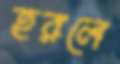
হরলে